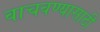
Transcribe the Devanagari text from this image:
वाचवण्‍यासाठी